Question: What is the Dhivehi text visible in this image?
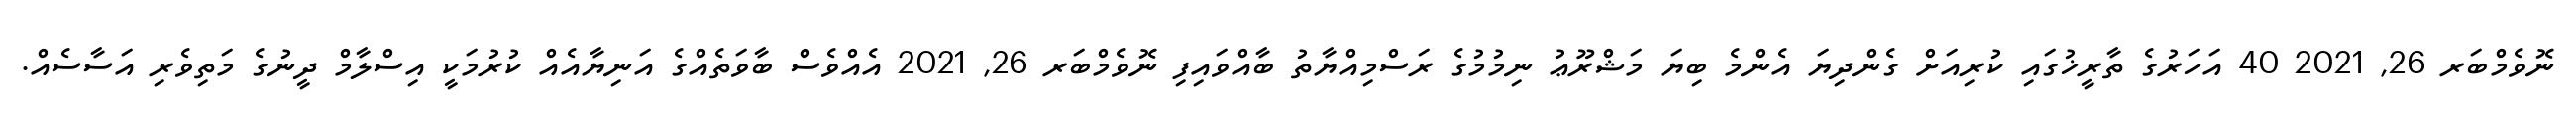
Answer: ނޮވެމްބަރ 26, 2021 40 އަހަރުގެ ތާރީޚުގައި ކުރިއަށް ގެންދިޔަ އެންމެ ބިޔަ މަޝްރޫޢު ނިމުމުގެ ރަސްމިއްޔާތު ބާއްވައިފި ނޮވެމްބަރ 26, 2021 އެއްވެސް ބާވަތެއްގެ އަނިޔާއެއް ކުރުމަކީ އިސްލާމް ދީނުގެ މަތިވެރި އަސާސެއް.